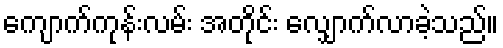
ကျောက်ကုန်းလမ်း အတိုင်း လျှောက်လာခဲ့သည်။